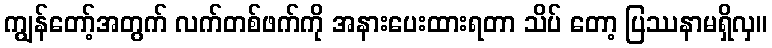
ကျွန်တော့်အတွက် လက်တစ်ဖက်ကို အနားပေးထားရတာ သိပ် တော့ ပြဿနာမရှိလှ။